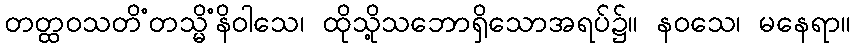
တတ္ထဝသတိံတသ္မိံနိဝါသေ၊ ထိုသို့သဘောရှိသောအရပ်၌။ နဝသေ၊ မနေရာ။